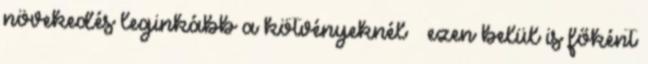
növekedés leginkább a kötvényeknél – ezen belül is főként